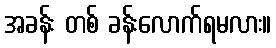
အခန်း တစ် ခန်းလောက်ရမလား။